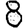
Digit: 8